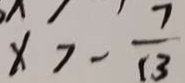
x > - \frac { 7 } { 1 3 }